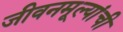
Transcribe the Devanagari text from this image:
जीवनमूल्यांची